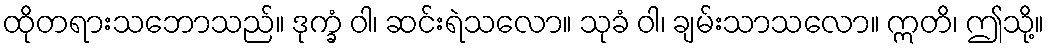
ထိုတရားသဘောသည်။ ဒုက္ခံ ဝါ၊ ဆင်းရဲသလော။ သုခံ ဝါ၊ ချမ်းသာသလော။ ဣတိ၊ ဤသို့။